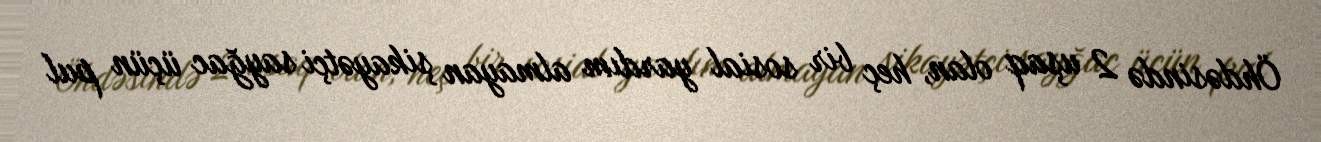
Öhdəsində 2 uşaq olan, heç bir sosial yardım almayan şikayətçi sayğac üçün pul